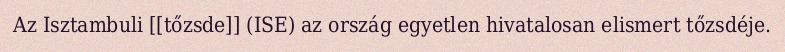
Az Isztambuli [[tőzsde]] (ISE) az ország egyetlen hivatalosan elismert tőzsdéje.